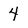
Character: 4